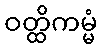
ဝတ္ထိကမ္မံ